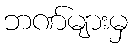
ဘဏ်များမှ